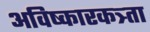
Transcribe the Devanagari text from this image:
अविष्कारकत्र्ता